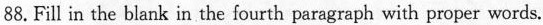
88.Fill in the blank in the fourth paragraph with proper words.